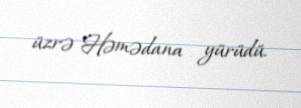
üzrə Həmədana yürüdü.